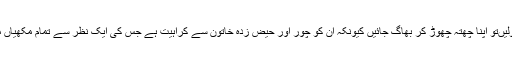
شہد کی مکھیاں‌اگر اس کو چھولیں‌تو اپنا چھتہ چھوڑ کر بھاگ جائیں کیونکہ ان کو چور اور حیض زدہ خاتون سے کراہیت ہے جس کی ایک نظر سے تمام مکھیاں‌ موت کے گھاٹ اتر جاتی ہیں”۔